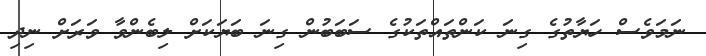
ނަމަވެސް ހަޔާތުގެ ގިނަ ކަންތައްތަކުގެ ސަބަބުން ގިނަ ބަޔަކަށް ލިބެންވާ ވަރަށް ނިދި